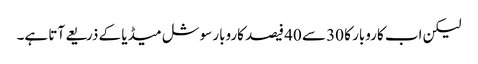
لیکن اب کاروبار کا 30 سے 40 فیصد کاروبار سوشل میڈیا کے ذریعے آتا ہے۔